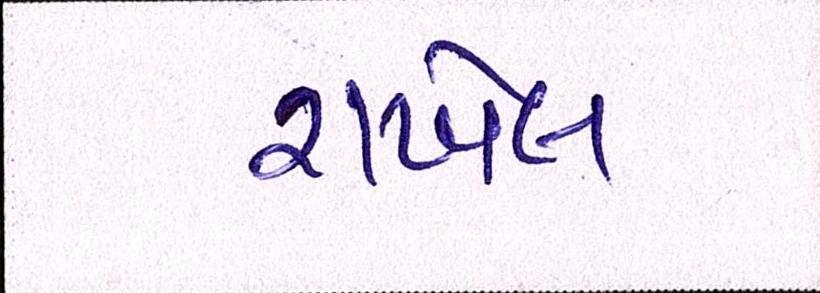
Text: રાખેલ